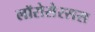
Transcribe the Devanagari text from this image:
लॉरोसेरसस